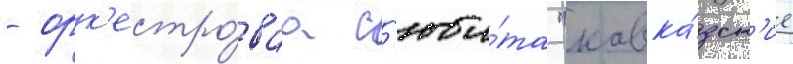
- орк'естро́ваа с'юи́та "кавка́зск'ие